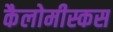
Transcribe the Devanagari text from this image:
कैलोमीस्कस